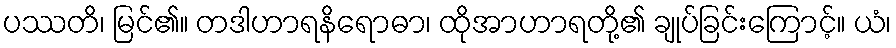
ပဿတိ၊ မြင်၏။ တဒါဟာရနိရောဓာ၊ ထိုအာဟာရတို့၏ ချုပ်ခြင်းကြောင့်။ ယံ၊